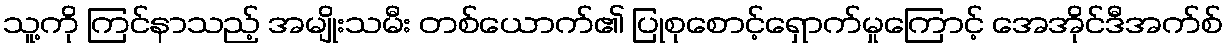
သူ့ကို ကြင်နာသည့် အမျိုးသမီး တစ်ယောက်၏ ပြုစုစောင့်ရှောက်မှုကြောင့် အေအိုင်ဒီအက်စ်